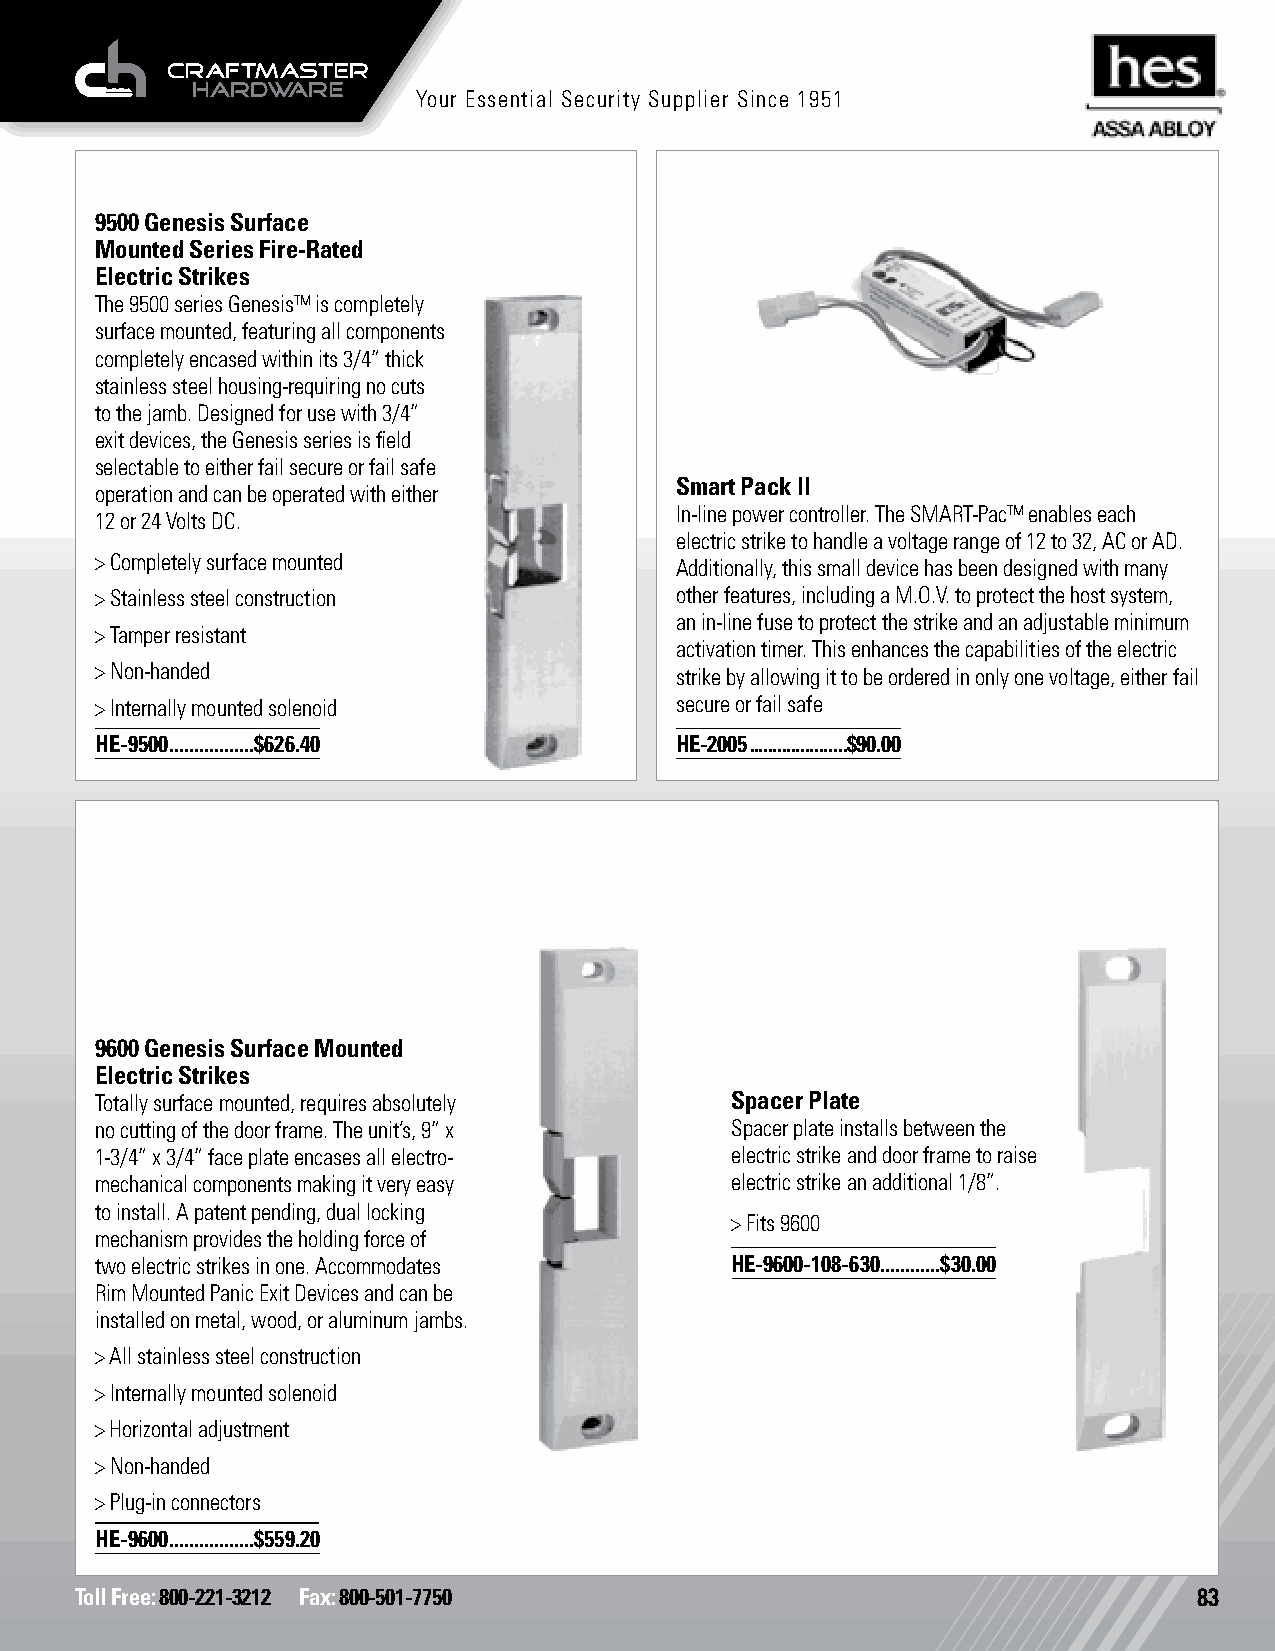
Your Essential Security Supplier Since 1951
 9500 Genesis Surface
 Mounted Series Fire-Rated
 Electric Strikes
 The 9500 series Genesis™ is completely
 surface mounted, featuring all components
 completely encased within its 3/4” thick
 stainless steel housing-requiring no cuts
 to the jamb. Designed for use with 3/4”
 exit devices, the Genesis series is field
 selectable to either fail secure or fail safe
 Smart Pack II
 operation and can be operated with either
 In-line power controller. The SMART-Pac™ enables each
 12 or 24 Volts DC.
 electric strike to handle a voltage range of 12 to 32, AC or AD.
 > Completely surface mounted           Additionally, this small device has been designed with many
 > Stainless steel construction         other features, including a M.O.V. to protect the host system,
 an in-line fuse to protect the strike and an adjustable minimum
 > Tamper resistant
 activation timer. This enhances the capabilities of the electric
 > Non-handed                           strike by allowing it to be ordered in only one voltage, either fail
 > Internally mounted solenoid          secure or fail safe
 HE-9500 .................$626.40       HE-2005 .....................$90.00
 9600 Genesis Surface Mounted
 Electric Strikes
 Totally surface mounted, requires absolutely Spacer Plate
 no cutting of the door frame. The unit’s, 9” x Spacer plate installs between the
 1-3/4” x 3/4” face plate encases all electro- electric strike and door frame to raise
 mechanical components making it very easy electric strike an additional 1/8”.
 to install. A patent pending, dual locking
 > Fits 9600
 mechanism provides the holding force of
 two electric strikes in one. Accommodates HE-9600-108-630 ............$30.00
 Rim Mounted Panic Exit Devices and can be
 installed on metal, wood, or aluminum jambs.
 > All stainless steel construction
 > Internally mounted solenoid
 > Horizontal adjustment
 > Non-handed
 > Plug-in connectors
 HE-9600 .................$559.20
 Toll Free: 800-221-3212 Fax: 800-501-7750                                 83